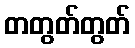
တတွတ်တွတ်